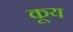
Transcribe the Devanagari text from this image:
कूय